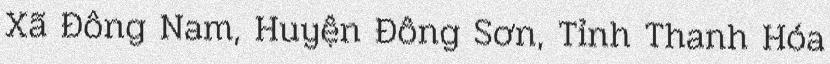
Xã Đông Nam, Huyện Đông Sơn, Tỉnh Thanh Hóa